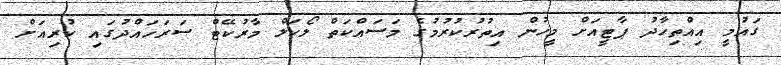
ގައުމީ އިއްތިހާދު ޕާޓީއަށް މީހުން އިތުރުކުރުމުގެ މަސައްކަތް ލޯކަލް މާރުކޭޓް ސަރަހައްދުގައި ކުރިއަށް